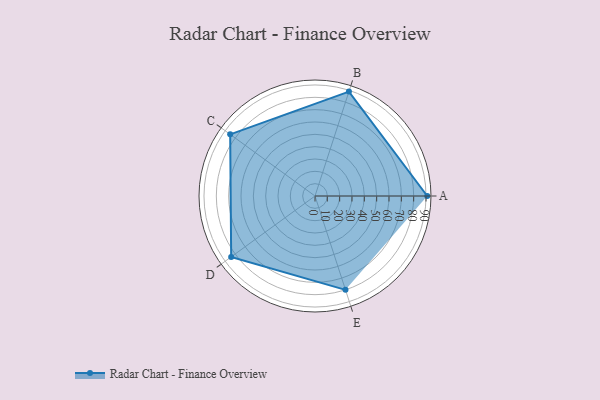
{"axis": {"x": "Skill", "y": "Score"}, "legend": ["Profile"], "data": [{"x": "A", "y": 91.0, "type": "Profile"}, {"x": "B", "y": 89.0, "type": "Profile"}, {"x": "C", "y": 85.0, "type": "Profile"}, {"x": "D", "y": 84.0, "type": "Profile"}, {"x": "E", "y": 80.0, "type": "Profile"}]}